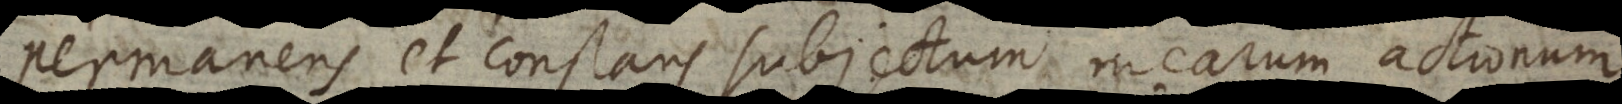
permanens et constans subjectum mearum actionum